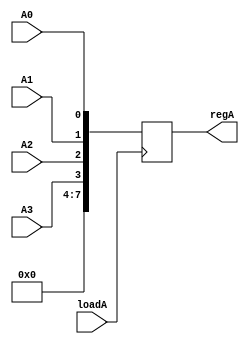
`timescale 1ns / 1ps
//////////////////////////////////////////////////////////////////////////////////
// Company: 
// Engineer: 
// 
// Design Name: 
// Module Name: Register_A
// Project Name: 
// Target Devices: 
// Tool Versions: 
// Description: 
// 
// Dependencies: 
// 
// Revision:
// Revision 0.01 - File Created
// Additional Comments:
// 
//////////////////////////////////////////////////////////////////////////////////


module Register_A(
    input wire A0,
    input wire A1,
    input wire A2,
    input wire A3,
    input wire loadA,
    output reg [7:0] regA
);

always @(posedge loadA) begin
    regA[0] <= A0;
    regA[1] <= A1;
    regA[2] <= A2;
    regA[3] <= A3;
    regA[4] <= 0;
    regA[5] <= 0;
    regA[6] <= 0;
    regA[7] <= 0;
end

endmodule